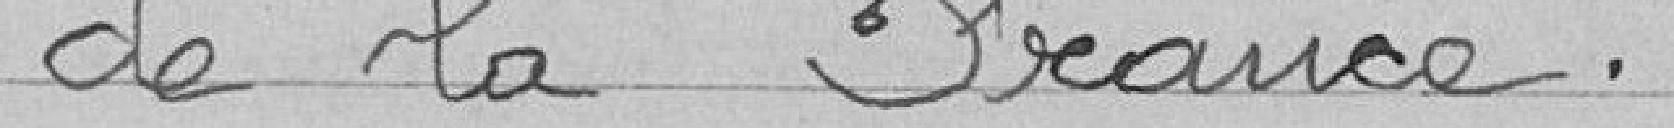
de la France.